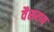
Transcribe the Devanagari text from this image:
वैसराद्य